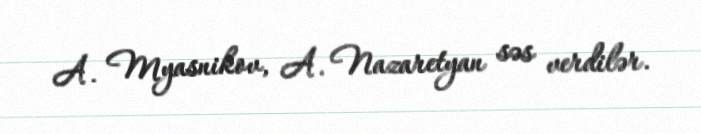
A. Myasnikov, A. Nazaretyan səs verdilər.